Civil Veterinary Dept. Bombay admin report 1923-31 - 1923-1931
Year: 1923
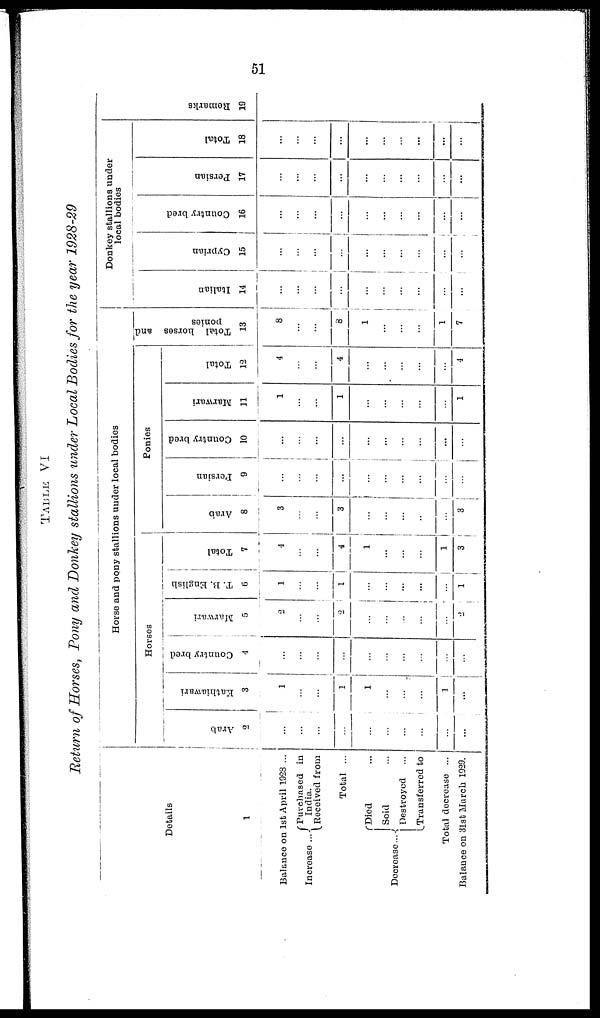
51
TABLE VI
Return of Horses, Pony and Donkey stallions under Local Bodies for the year 1928-29
Details
1
Balance on 1st April 1928 ...
Increase .
Purchased in
..
India.
Received from
Total ...
Decrease ...
Died ...
Sold ...
Destroyed ...
Transferred to
Total decrease ...
Balance on 31st March 1929.
Horse and pony stallions under local bodies
Horses
Arab
2
...
...
...
...
...
...
...
...
...
...
Kathiawari
3
1
...
...
1
1
...
...
...
1
...
Country bred
4
...
...
...
...
...
...
...
...
...
...
Marwari
5
2
...
...
2
...
...
...
...
...
2
T.B.English
6
1
..
...
1
...
...
...
...
...
1
Total
7
4
...
...
4
1
...
...
...
1
3
Ponies
Arab
8
3
...
...
3
...
...
...
...
...
3
Persian
9
...
...
...
...
...
...
...
...
...
...
Country bred
10
...
...
...
...
...
...
...
...
...
...
Marwari
11
1
...
...
1
...
...
...
...
...
1
Total
12
4
...
...
4
...
...
...
...
...
4
Total horses and
ponies
13
3
...
...
3
1
...
...
...
1
7
Donkey stallions under
local bodies
Italian
14
...
...
...
...
...
...
...
...
...
...
Cypr i
a n
15
...
...
...
...
...
...
...
...
...
...
Count r
y br ed
16
...
...
...
...
...
...
...
...
...
...
Per s i
an
17
...
...
...
...
...
...
...
...
...
...
Tot al
18
...
...
...
...
...
...
...
...
...
...
Re ma r
k s
19